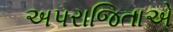
અપરાજિતાએ